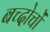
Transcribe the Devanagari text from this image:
बच्दोचों